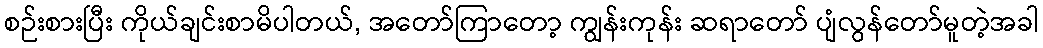
စဉ်းစားပြီး ကိုယ်ချင်းစာမိပါတယ်, အတော်ကြာတော့ ကျွန်းကုန်း ဆရာတော် ပျံလွန်တော်မူတဲ့အခါ